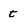
Character: t